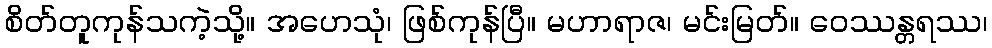
စိတ်တူကုန်သကဲ့သို့။ အဟေသုံ၊ ဖြစ်ကုန်ပြီ။ မဟာရာဇ၊ မင်းမြတ်။ ဝေဿန္တရဿ၊